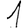
Digit: 1